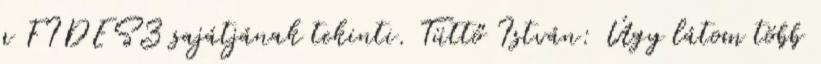
a FIDESZ sajátjának tekinti. Tüttő István: Úgy látom több